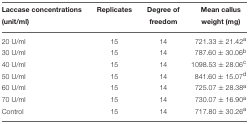
<table><thead><tr><td><b>Laccase concentrations (unit/ml)</b></td><td><b>Replicates</b></td><td><b>Degree of freedom</b></td><td><b>Mean callus weight (mg)</b></td></tr></thead><tbody><tr><td>20 U/ml</td><td>15</td><td>14</td><td>721.33 ± 21.42<sup>a</sup></td></tr><tr><td>30 U/ml</td><td>15</td><td>14</td><td>787.60 ± 30.06<sup>b</sup></td></tr><tr><td>40 U/ml</td><td>15</td><td>14</td><td>1098.53 ± 28.06<sup>c</sup></td></tr><tr><td>50 U/ml</td><td>15</td><td>14</td><td>841.60 ± 15.07<sup>d</sup></td></tr><tr><td>60 U/ml</td><td>15</td><td>14</td><td>725.07 ± 28.38<sup>a</sup></td></tr><tr><td>70 U/ml</td><td>15</td><td>14</td><td>730.07 ± 16.90<sup>a</sup></td></tr><tr><td>Control</td><td>15</td><td>14</td><td>717.80 ± 30.26<sup>a</sup></td></tr></tbody></table>